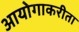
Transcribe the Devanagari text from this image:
आयोगाकरीता